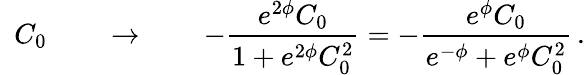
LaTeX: \, \, \, C_{0}\qquad\rightarrow\qquad-\frac{e^{2\phi}C_{0}}{1+e^{2\phi}C_{0}^{2}}=-\frac{e^{\phi}C_{0}}{e^{-\phi}+e^{\phi}C_{0}^{2}}\, .